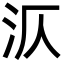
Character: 㳁